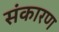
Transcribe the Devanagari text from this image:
संकारण